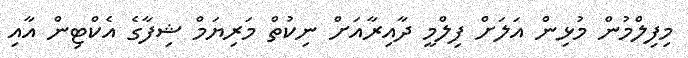
މިފިލްމުން މުޅިން އަލަށް ފިލްމީ ދާއިރާއަށް ނިކުތް މަރިޔަމް ޝިފާގެ އެކްޓިން އާއި